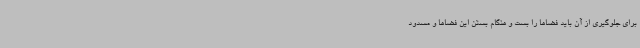
برای جلوگیری از آن باید فضاها را بست و هنگام بستن این فضاها و مسدود